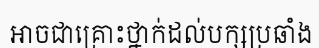
អាចជាគ្រោះថ្នាក់ដល់បក្សប្រឆាំង